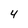
Character: 4